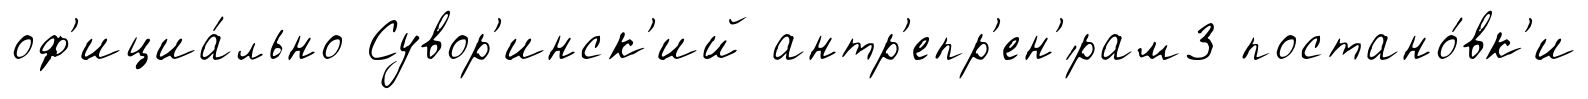
оф'ициа́льно Сувор'инск'ий антр'епр'ен'́рам3 постано́вк'и